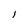
Character: l